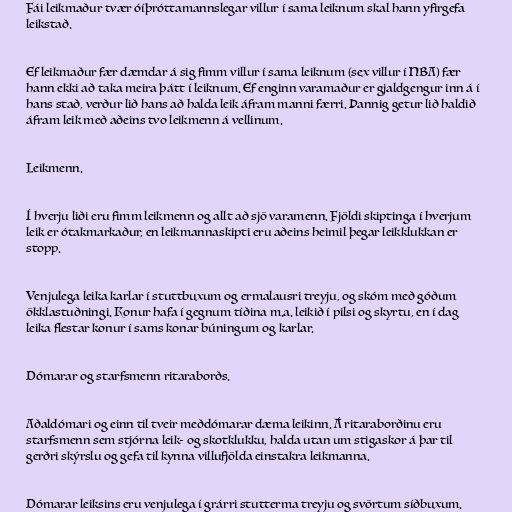
Fái leikmaður tvær óíþróttamannslegar villur í sama leiknum skal hann yfirgefa
leikstað.

Ef leikmaður fær dæmdar á sig fimm villur í sama leiknum (sex villur í NBA) fær
hann ekki að taka meira þátt í leiknum. Ef enginn varamaður er gjaldgengur inn á í
hans stað, verður lið hans að halda leik áfram manni færri. Þannig getur lið haldið
áfram leik með aðeins tvo leikmenn á vellinum.

Leikmenn.

Í hverju liði eru fimm leikmenn og allt að sjö varamenn. Fjöldi skiptinga í hverjum
leik er ótakmarkaður, en leikmannaskipti eru aðeins heimil þegar leikklukkan er
stopp.

Venjulega leika karlar í stuttbuxum og ermalausri treyju, og skóm með góðum
ökklastuðningi. Konur hafa í gegnum tíðina m.a. leikið í pilsi og skyrtu, en í dag
leika flestar konur í sams konar búningum og karlar.

Dómarar og starfsmenn ritaraborðs.

Aðaldómari og einn til tveir meðdómarar dæma leikinn. Á ritaraborðinu eru
starfsmenn sem stjórna leik- og skotklukku, halda utan um stigaskor á þar til
gerðri skýrslu og gefa til kynna villufjölda einstakra leikmanna.

Dómarar leiksins eru venjulega í grárri stutterma treyju og svörtum síðbuxum.